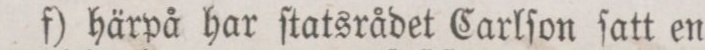
f) härpå har ſtatsrådet Carlſon ſatt en